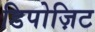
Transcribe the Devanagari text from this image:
डिपोज़िट